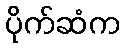
ပိုက်ဆံက